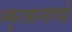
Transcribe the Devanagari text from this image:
स्फुरन्नानापद्मे